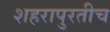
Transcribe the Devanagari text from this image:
शहरापुरतीच